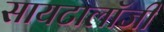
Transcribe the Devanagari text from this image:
सायटालॉजी